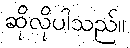
ဆိုလိုပါသည်။